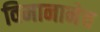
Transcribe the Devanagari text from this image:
विमानानेच